Report of the Municipal Commissioner on the plague in Bombay for the year ending 31st May... - Volume 1
Disease focus: Plague
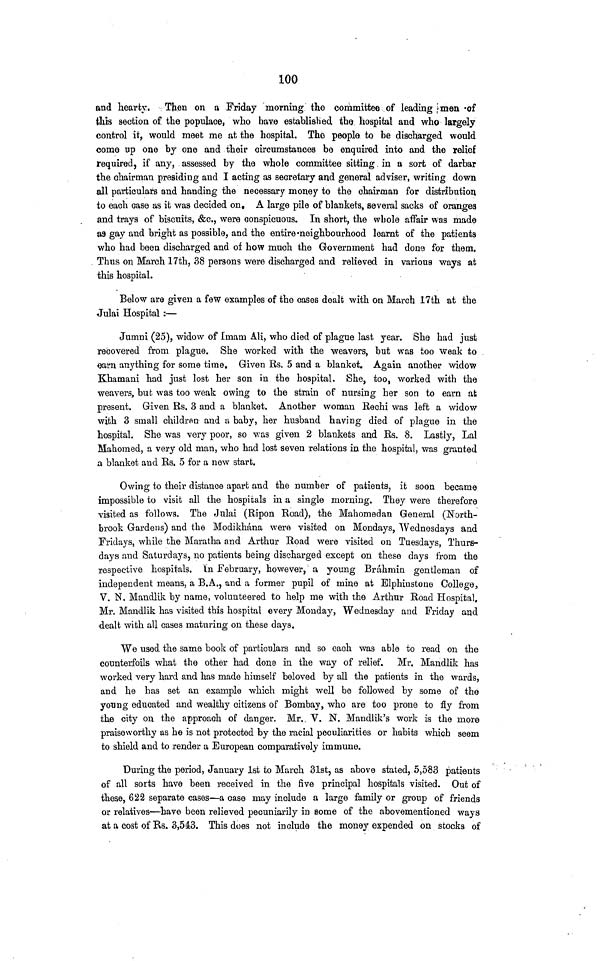
100
and hearty. Then on a Friday morning the committee of leading men of
this section of the populace, who have established the hospital and who largely
control it, would meet me at the hospital. The people to be discharged would
come up one by one and their circumstances be enquired into and the relief
required, if any, assessed by the whole committee sitting in a sort of darbar
the chairman presiding and I acting as secretary and general adviser, writing down
all particulars and handing the necessary money to the chairman for distribution
to each case as it was decided on. A large pile of blankets, several sacks of oranges
and trays of biscuits, &c., were conspicuous. In short, the whole affair was made
as gay and bright as possible, and the entire neighbourhood learnt of the patients
who had been discharged and of how much the Government had done for them.
Thus on March 17th, 38 persons were discharged and relieved in various ways at
this hospital.
Below are given a few examples of the cases dealt with on March 17th at the
Juki Hospital :—
Jumni (25), widow of Imam Ali, who died of plague last year. She had just
recovered from plague. She worked with the weavers, but was too weak to
earn anything for some time. Given Es. 5 and a blanket. Again another widow
Khamani had just lost her son in the hospital. She, too, worked with the
weavers, but was too weak owing to the strain of nursing her son to earn at
present. Given Rs. 3 and a blanket. Another woman Eechi was left a widow
with 3 small children and a baby, her husband having died of plague in the
hospital. She was very poor, so was given 2 blankets and Es. 8. Lastly, Lai
Mahomed, a very old man, who had lost seven relations in the hospital, was granted
a blanket and Rs. 5 for a new start.
Owing to their distance apart and the number of patients, it soon became
impossible to visit all the hospitals in a single morning. They were therefore
visited as follows. The Julai (Ripon Eoad), the Mahomedan General (North-
brook Gardens) and the Modikhána were visited on Mondays, Wednesdays and
Fridays, while the Maratha and Arthur Eoad were visited on Tuesdays, Thurs-
days and Saturdays, no patients being discharged except on these clays from the
respective hospitals, ín February, however, a young Brahmin gentleman of
independent means, a B.A., and a former pupil of mine at Elphinstone College,
V. N. Mandlik by name, volunteered to help me with the Arthur Road Hospital.
Mr. Mandlik has visited this hospital every Monday, Wednesday and Friday and
dealt with all cases maturing on these days.
We used the same book of particulars and so each was able to read on the
counterfoils what the other had done in the way of relief. Mr. Mandlik has
worked very hard and has made himself beloved by all the patients in the wards,
and he has set an example which might well be followed by some of the
young educated and wealthy citizens of Bombay, who are too prone to fly from
the city on the approach of danger. Mr. V. N. Mandlik's work is the more
praiseworthy as he is not protected by the racial peculiarities or habits which seem
to shield and to render a European comparatively immune.
During the period, January 1st to March 31st, as above stated, 5,583 patients
of all sorts have been received in the five principal hospitals visited. Out of
these, 622 separate cases—a case may include a large family or group of friends
or relatives—have been relieved pecuniarily in some of the abovementioned ways
at a cost of Rs. 3,543. This does not include the money expended on stocks of